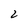
Character: 2